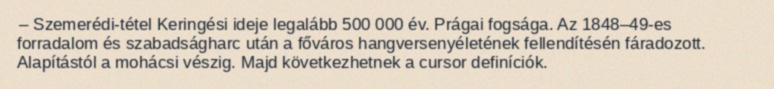
– Szemerédi-tétel Keringési ideje legalább 500 000 év. Prágai fogsága. Az 1848–49-es forradalom és szabadságharc után a főváros hangversenyéletének fellendítésén fáradozott. Alapítástól a mohácsi vészig. Majd következhetnek a cursor definíciók.